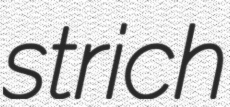
strich